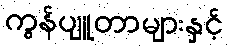
ကွန်ပျူတာများနှင့်